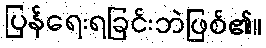
ပြန်ရေးရခြင်းဘဲဖြစ်၏။